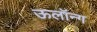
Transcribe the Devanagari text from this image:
ऊलॉन्ग